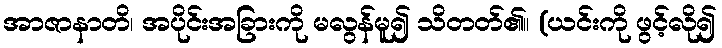
အာဇာနာတိ၊ အပိုင်းအခြားကို မလွန်မူ၍ သိတတ်၏။ (ယင်းကို ဖွင့်လို၍